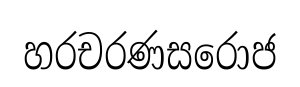
හරචරණසරොජ